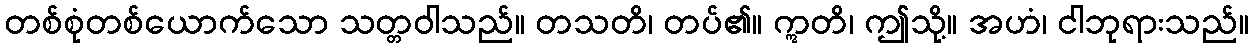
တစ်စုံတစ်ယောက်သော သတ္တဝါသည်။ တသတိ၊ တပ်၏။ ဣတိ၊ ဤသို့။ အဟံ၊ ငါဘုရားသည်။